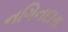
નગિનદાસ